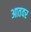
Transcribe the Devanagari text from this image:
आतवर